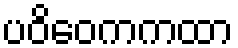
ပဝိဝေကကထာ